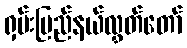
ရှမ်းပြည်နယ်လွှတ်တော်